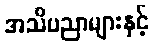
အသိပညာများနှင့်